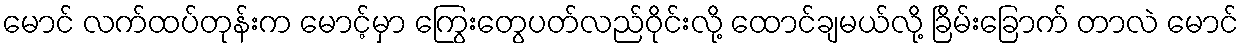
မောင် လက်ထပ်တုန်းက မောင့်မှာ ကြွေးတွေပတ်လည်ဝိုင်းလို့ ထောင်ချမယ်လို့ ခြိမ်းခြောက် တာလဲ မောင်